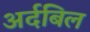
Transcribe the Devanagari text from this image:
अर्दबिल